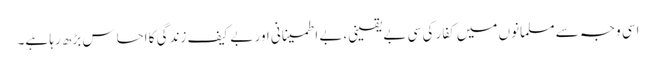
اسی وجہ سے مسلمانوں میں کفار کی سی بے یقینی،بے اطمینانی اور بے کیف زندگی کا احساس بڑھ رہا ہے۔